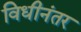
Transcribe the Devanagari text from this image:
विधीनंतर